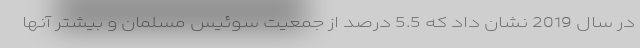
در سال 2019 نشان داد که 5.5 درصد از جمعیت سوئیس مسلمان و بیشتر آنها